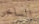
الساخر